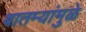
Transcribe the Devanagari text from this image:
बातम्यांमुळे